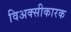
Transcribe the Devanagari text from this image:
विअक्सीकारक